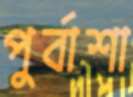
পুর্বাশা